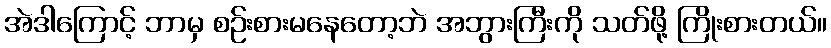
အဲဒါကြောင့် ဘာမှ စဉ်းစားမနေတော့ဘဲ အဘွားကြီးကို သတ်ဖို့ ကြိုးစားတယ်။